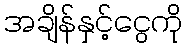
အချိန်နှင့်ငွေကို